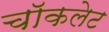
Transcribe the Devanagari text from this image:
चाॅकलेट